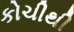
કોચીથી